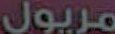
مريول